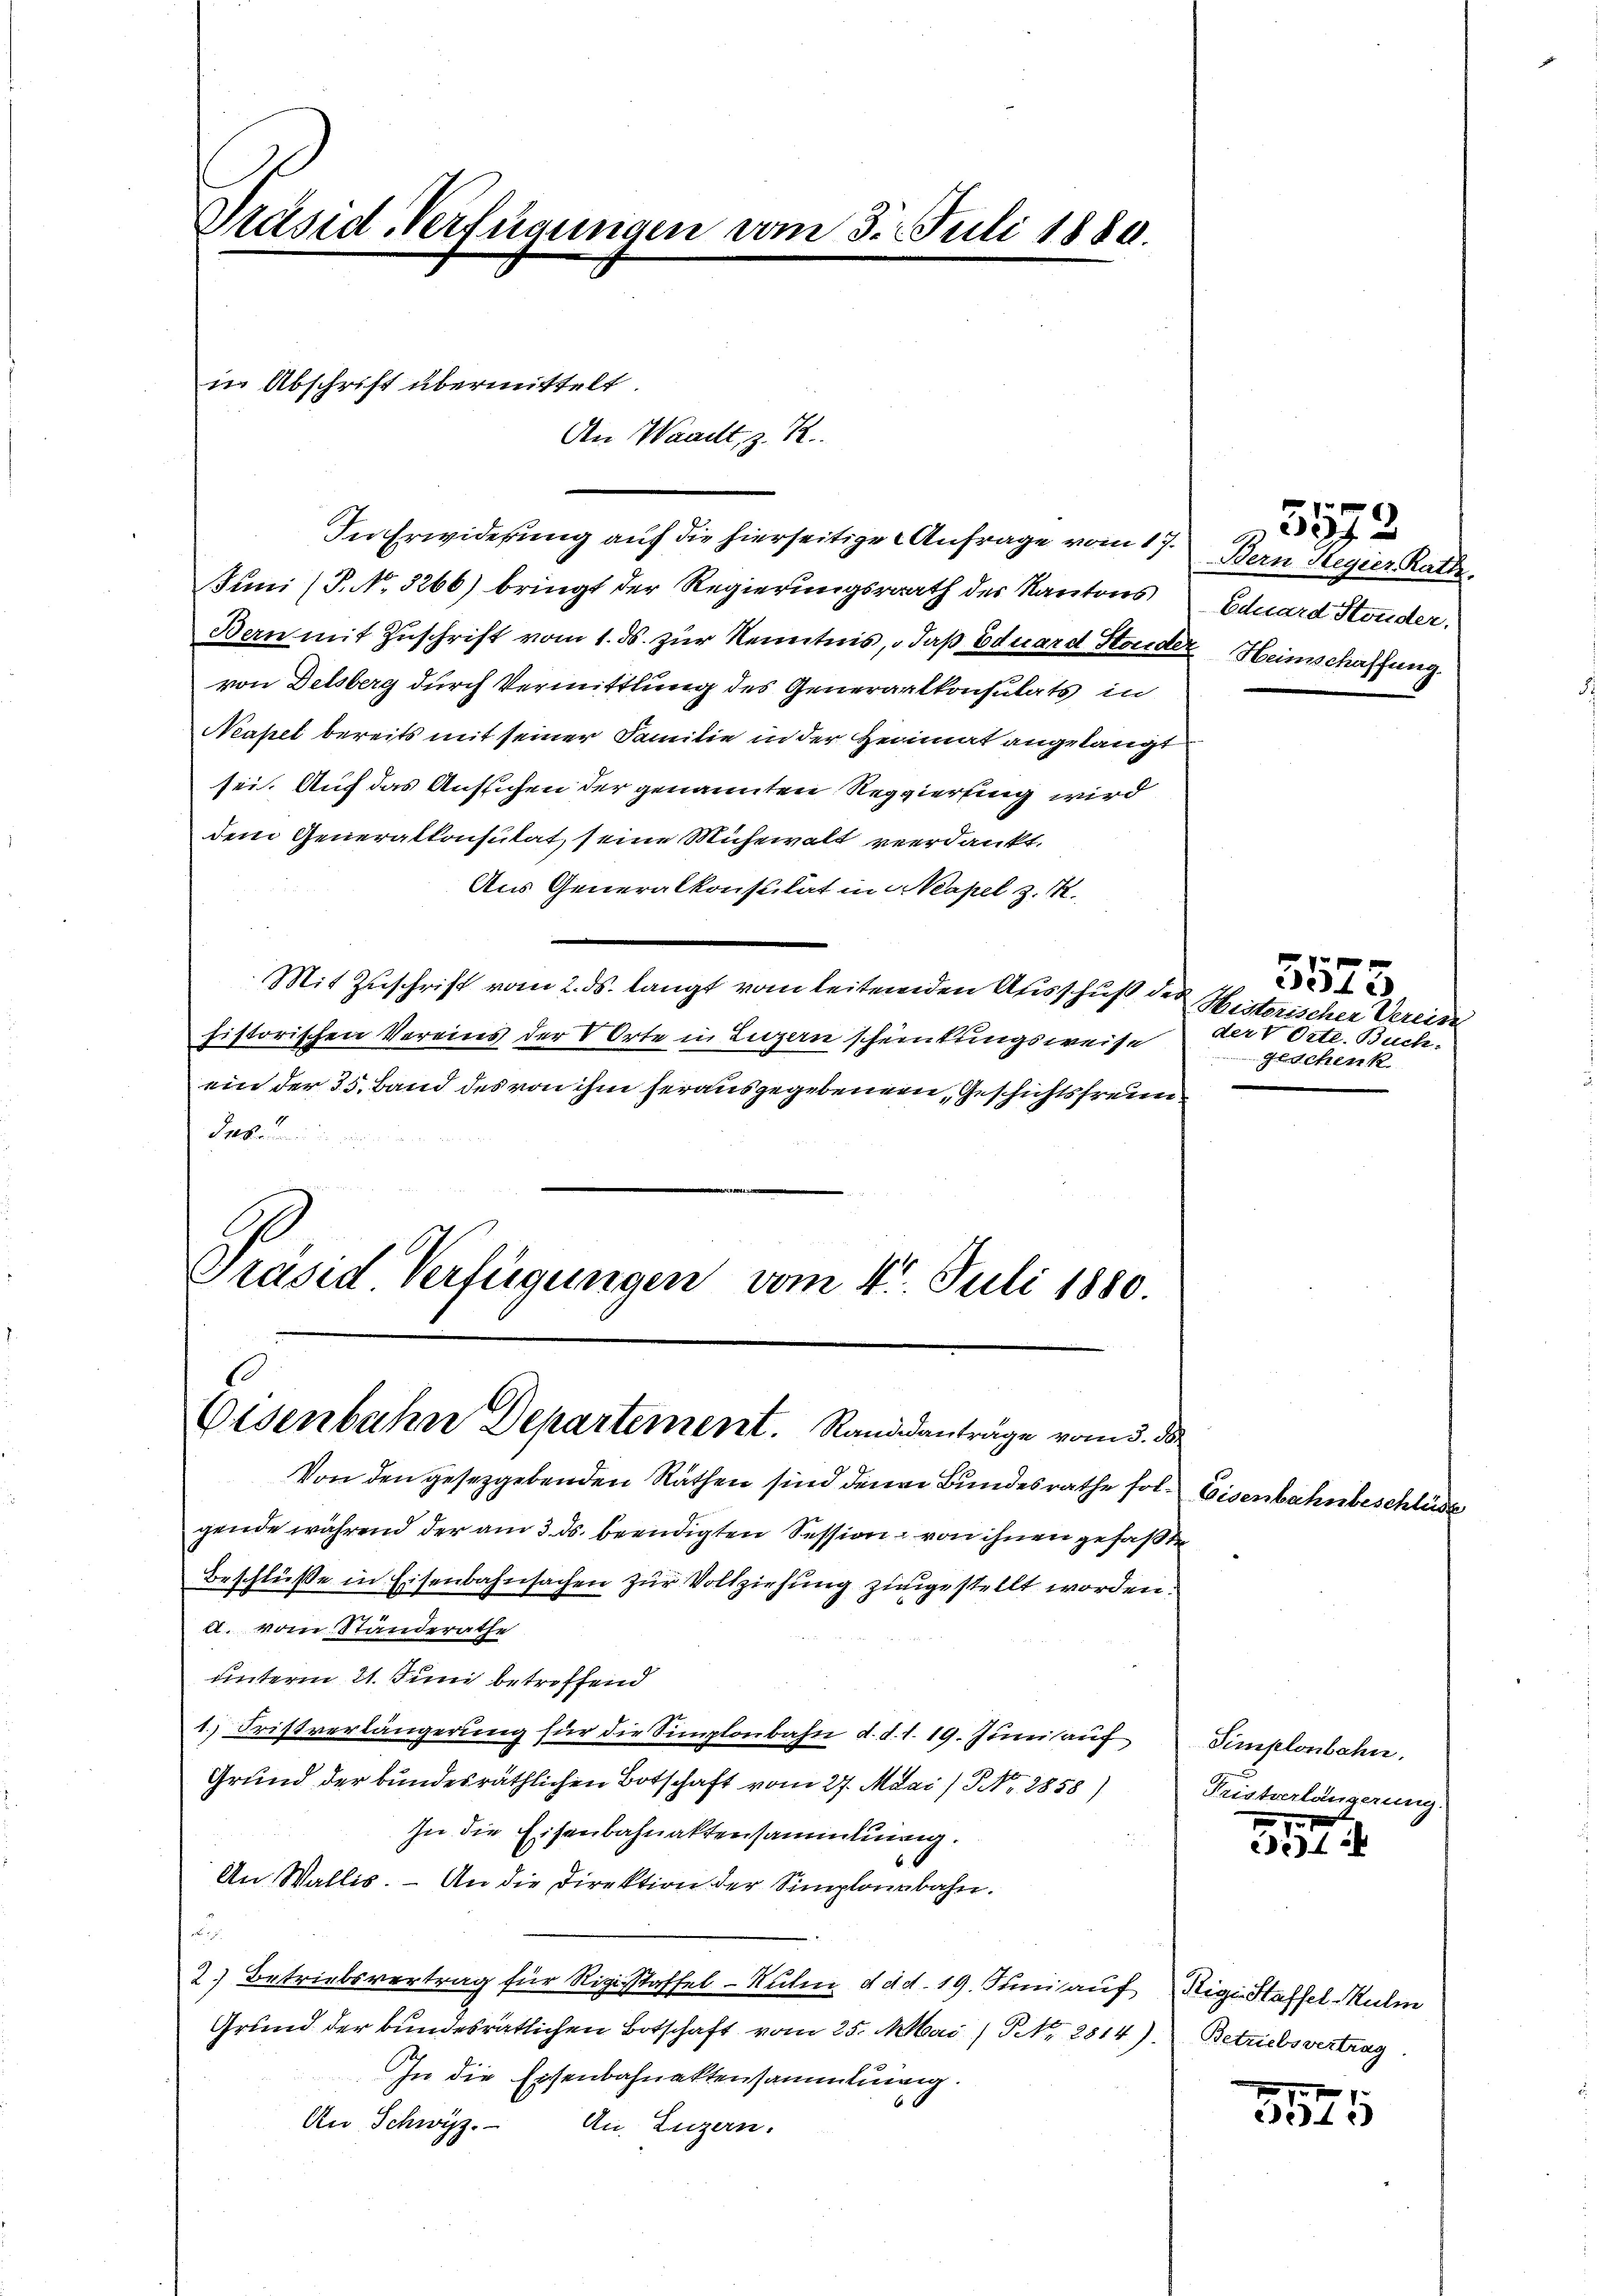
Präsid. Verfügungen vom 3. Juli 1889.

in Abschrift übermittelt
An Waadt, z. R.

In Erwiderung auf die hierseitige Anfrage vom 17. Bern Regier Rath.
Juni (P. No. 3266) bringt der Regierungsrath der Kantons
Bern mit Zuschrift vom 1. ds. zur Kenntnis, daß Eduard Storden Heimschaffung.
von Delsberg durch Vermittlung des Generalkonsulats in
Neapel bereits mit seiner Familie in der Heimat angelangt
sei. Auch das Ansuchen der genannten Reggierung wird
dem Generalkonsulat, seine Mühewalt verdankt.
Aus Generalkonsulat in Neapel z. M.
Mit Zuschrift vom 2. ds. langt vom leitenden Ausschuß der Historischer Vereine
historischen Vereins der Orte in Luzern scheinkungsweise
ein der 35. Band des von ihm herausgegebenen Geschichtsfreun¬
Dab

Präsid Verfügungen vom 4t Juli 1880.
1
Eisenbahn Departement. Randanträge vom 5. ds.

Von den gesetzgebenden Räthen sind denen Bundesrathe folgende während der am 3. ds. beendigten Session von ihnen gefaßte
Beschlüße in Eisenbahnsachen zur Vollziehung zugestellt worden.
a. vom Standerathe
unterm 21. Juni betreffend
1.) Fristverlängerung für die Simplonbahn d. d. 1. 19. Juni auf
Grund der bundesräthlichen Botschaft vom 27. Mai / NNo. 2858) Fristverlängerung.
In die Eisenbahnaktensammlung.
An Wallis. – An die Direktion der Simplonsbahn.
F
2.) Betriebsvertrag für Rigi-Staffel Ruhm d d.d. 19. Juni auf Rigi-Staffel Mulm
Grund der bundesrätlichen Botschaft vom 25. Mai / No. 2814). Betriebsvertrag
In die Eisenbahnaktensammlung.
An Schwyz. An Luzern.

Eduard Stonder.

3892

Eisenbahnbeschlüße

3573
der V Orte. Buch.
Geschenk

Simplonbahn.

3575